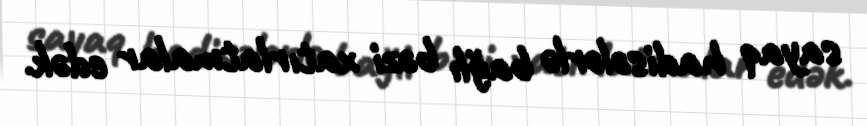
sayaq hadisələrlə bağlı bəzi xatırlatmalar edək.